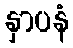
နှာပနံ